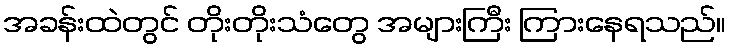
အခန်းထဲတွင် တိုးတိုးသံတွေ အများကြီး ကြားနေရသည်။